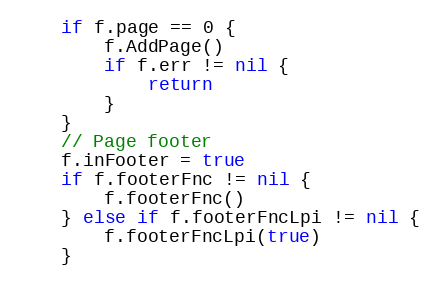
Language: Go
	if f.page == 0 {
		f.AddPage()
		if f.err != nil {
			return
		}
	}
	// Page footer
	f.inFooter = true
	if f.footerFnc != nil {
		f.footerFnc()
	} else if f.footerFncLpi != nil {
		f.footerFncLpi(true)
	}